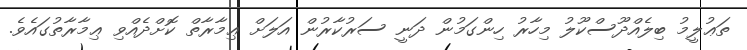
ތަޢުލީމު ބިލެއްދޫސްކޫލު މިހާރު ހިންގަމުން ދަނީ ސަރުކާރުން އަލަށް ޢިމާރާތް ކޮށްދެއްވި ޢިމާރާތުގައެވެ.